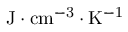
\mathrm { J \cdot { c m } ^ { - 3 } \cdot K ^ { - 1 } }